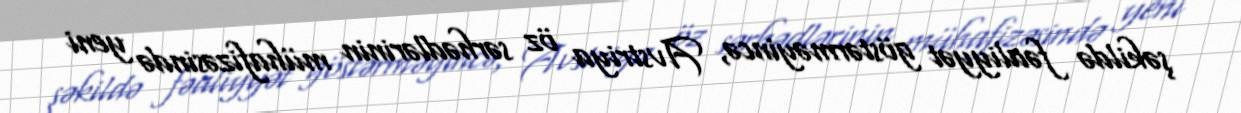
şəkildə fəaliyyət göstərməyincə, Avstriya öz sərhədlərinin mühafizəsində yeni